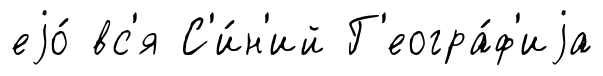
еjо́ вс'я С'и́н'ий Г'еогра́ф'иjа